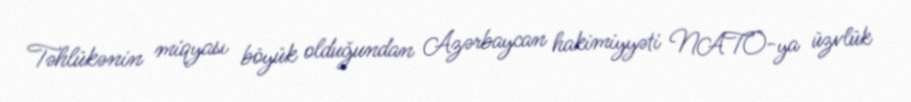
Təhlükənin miqyası böyük olduğundan Azərbaycan hakimiyyəti NATO-ya üzvlük